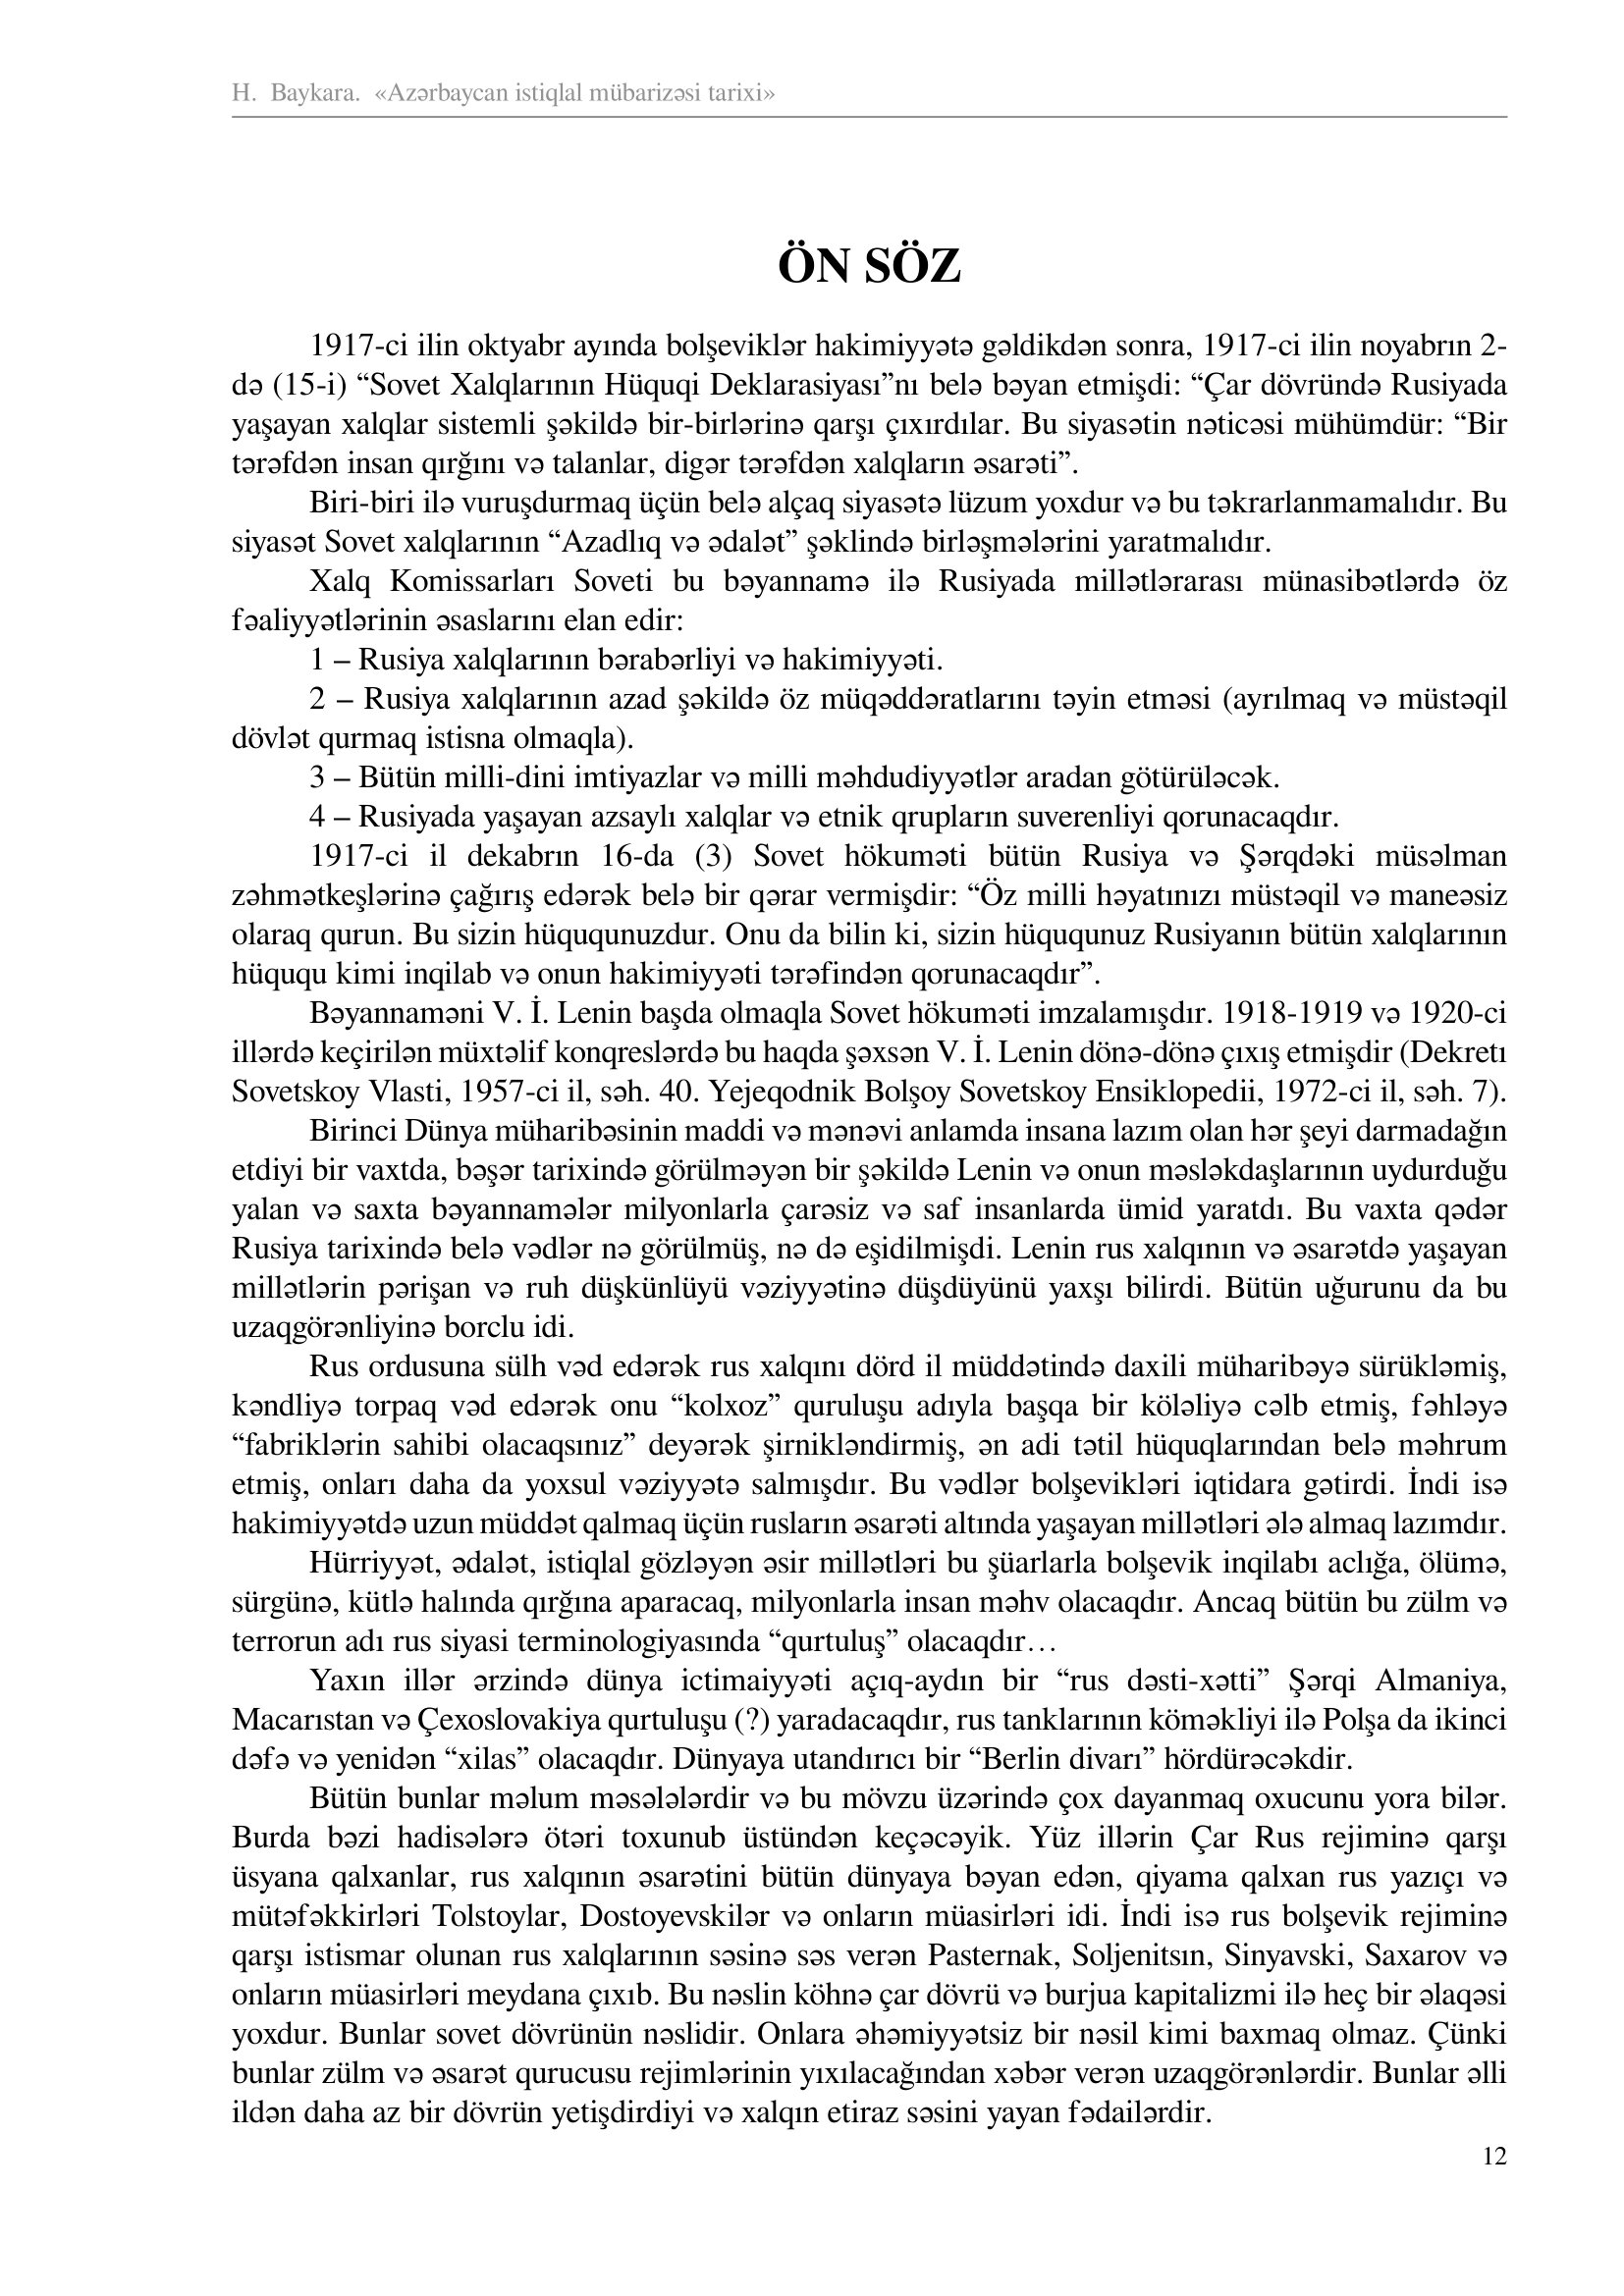
Language: az